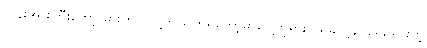
လွန်းအားကြီးတော့ မှားတယ်လို့ဘဲ ပြောရတော့မှာပေါ့ဘုရား၊ ယခု ပို့ချ-ရေးသားတဲ့